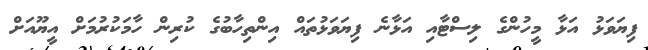
ފިޔަވަޅު އަޅާ މީހުންގެ ލިސްޓާއި އަޅާނެ ފިޔަވަޅުތައް އިންތިހާބުގެ ކުރިން ހާމަކުރުމަށް އީޔޫއަށް